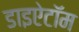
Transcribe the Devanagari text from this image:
डाइऐटॉम